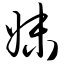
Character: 妹